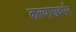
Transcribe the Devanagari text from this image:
कल्याणवर्मन